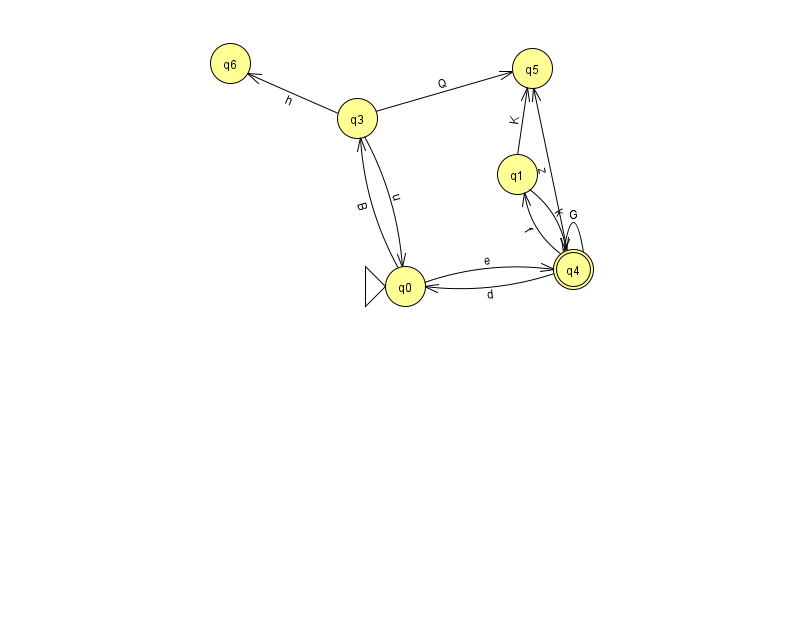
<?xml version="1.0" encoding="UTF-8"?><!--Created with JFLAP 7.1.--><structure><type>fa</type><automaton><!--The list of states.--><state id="0" name="q0"><x>405.0</x><y>273.0</y><initial/></state><state id="1" name="q1"><x>517.0</x><y>161.0</y></state><state id="3" name="q3"><x>357.0</x><y>105.0</y></state><state id="4" name="q4"><x>573.0</x><y>256.0</y><final/></state><state id="5" name="q5"><x>532.0</x><y>55.0</y></state><state id="6" name="q6"><x>230.0</x><y>50.0</y></state><!--The list of transitions.--><transition><from>3</from><to>6</to><read>h</read></transition><transition><from>0</from><to>3</to><read>B</read></transition><transition><from>4</from><to>0</to><read>d</read></transition><transition><from>0</from><to>4</to><read>e</read></transition><transition><from>3</from><to>0</to><read>u</read></transition><transition><from>4</from><to>1</to><read>f</read></transition><transition><from>4</from><to>5</to><read>z</read></transition><transition><from>1</from><to>5</to><read>K</read></transition><transition><from>4</from><to>4</to><read>G</read></transition><transition><from>1</from><to>4</to><read>k</read></transition><transition><from>3</from><to>5</to><read>Q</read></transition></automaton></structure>